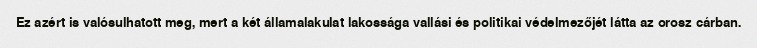
Ez azért is valósulhatott meg, mert a két államalakulat lakossága vallási és politikai védelmezőjét látta az orosz cárban.